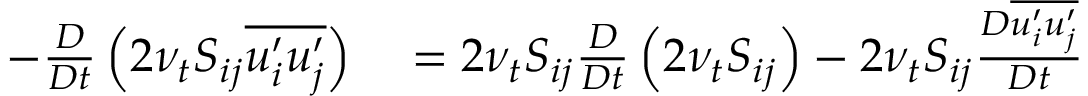
\begin{array} { r l } { - \frac { D } { D t } \left( 2 \nu _ { t } S _ { i j } \overline { { u _ { i } ^ { \prime } u _ { j } ^ { \prime } } } \right) } & { { } = 2 \nu _ { t } S _ { i j } \frac { D } { D t } \left( 2 \nu _ { t } S _ { i j } \right) - 2 \nu _ { t } S _ { i j } \frac { D \overline { { u _ { i } ^ { \prime } u _ { j } ^ { \prime } } } } { D t } } \end{array}